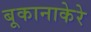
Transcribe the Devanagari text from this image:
बूकानाकेरे